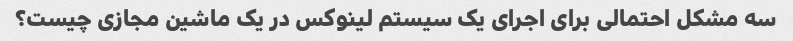
سه مشکل احتمالی برای اجرای یک سیستم لینوکس در یک ماشین مجازی چیست؟